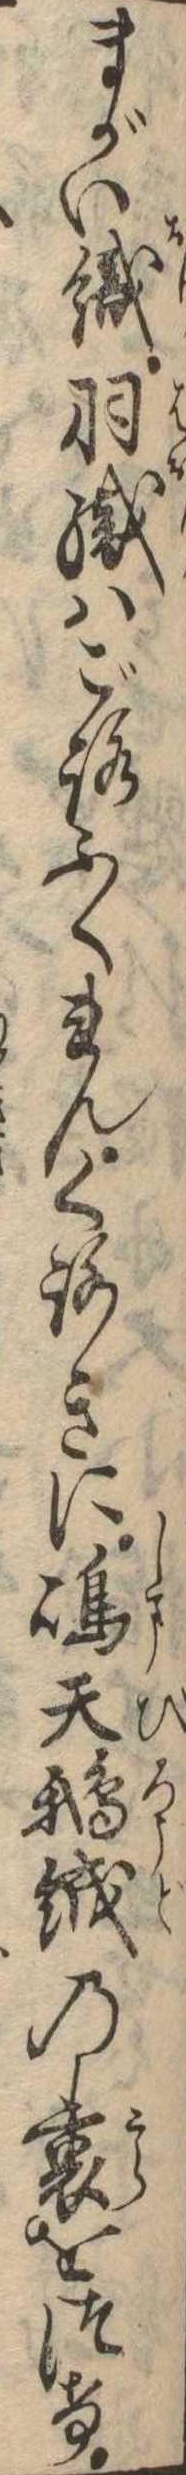
まがい織羽織はごろふくれんくろきに島天鵝絨の裏をつけ